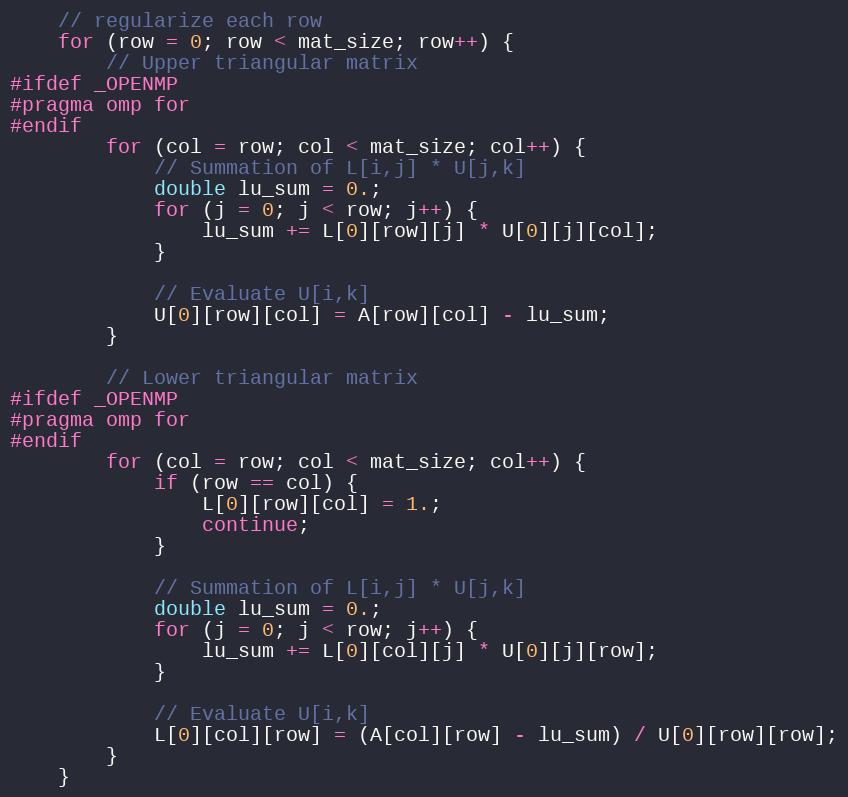
Language: C
    // regularize each row
    for (row = 0; row < mat_size; row++) {
        // Upper triangular matrix
#ifdef _OPENMP
#pragma omp for
#endif
        for (col = row; col < mat_size; col++) {
            // Summation of L[i,j] * U[j,k]
            double lu_sum = 0.;
            for (j = 0; j < row; j++) {
                lu_sum += L[0][row][j] * U[0][j][col];
            }

            // Evaluate U[i,k]
            U[0][row][col] = A[row][col] - lu_sum;
        }

        // Lower triangular matrix
#ifdef _OPENMP
#pragma omp for
#endif
        for (col = row; col < mat_size; col++) {
            if (row == col) {
                L[0][row][col] = 1.;
                continue;
            }

            // Summation of L[i,j] * U[j,k]
            double lu_sum = 0.;
            for (j = 0; j < row; j++) {
                lu_sum += L[0][col][j] * U[0][j][row];
            }

            // Evaluate U[i,k]
            L[0][col][row] = (A[col][row] - lu_sum) / U[0][row][row];
        }
    }